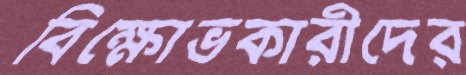
বিক্ষোভকারীদের